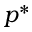
p ^ { * }